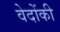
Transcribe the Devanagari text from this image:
वेदोंकी